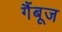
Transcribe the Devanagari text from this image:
गैंबूज